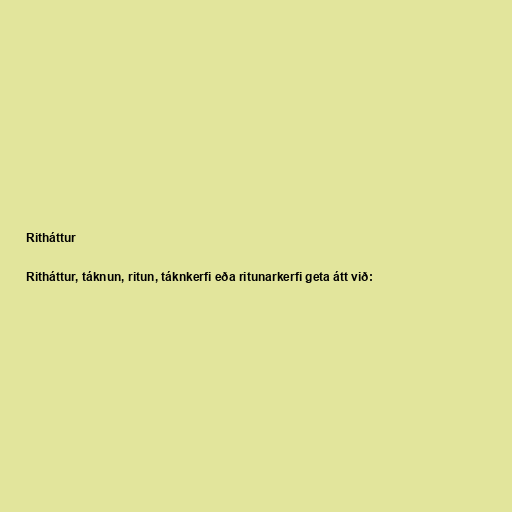
Ritháttur

Ritháttur, táknun, ritun, táknkerfi eða ritunarkerfi geta átt við: